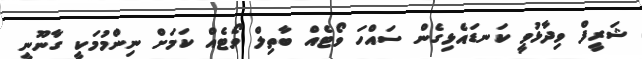
ޝަރީފް ވިދާޅުވީ ކަނޑައެޅިގެން ސައްހަ ވޯޓެއް ބާތިލް ވޯޓެއް ކަމަށް ނިންމުމަކީ ގާނޫނީ